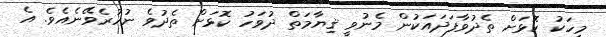
މީހަކު ކޮޅަށް ތެދުވާފަދައަކުން މެނުވީ ޤިޔާމަތް ދުވަހު ކޮޅަށް ތެދުވެ ނުހުރެވޭނެއެވެ. އެ